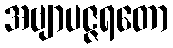
အဗျာပဇ္ဇရတော